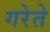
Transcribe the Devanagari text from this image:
गरेते